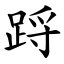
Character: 䟹